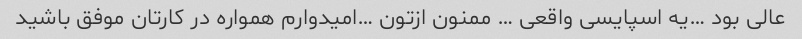
عالی بود …یه اسپایسی واقعی … ممنون ازتون …امیدوارم همواره در کارتان موفق باشید